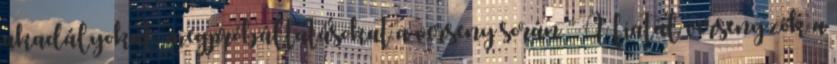
akadályokat, megpróbáltatásokat a verseny során.” A fiatal versenyzők a